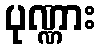
ပုဏ္ဏား